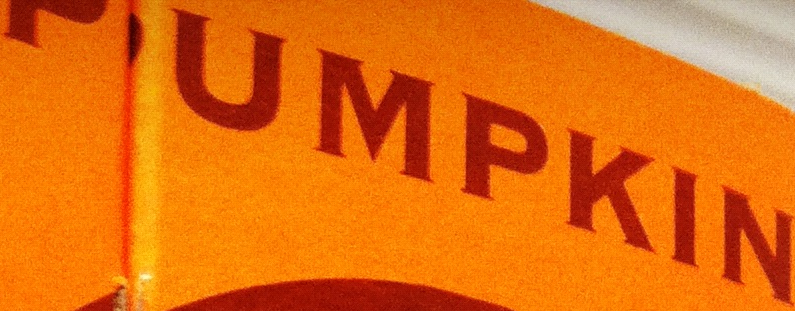
PUMPKIN